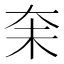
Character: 𪥋